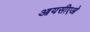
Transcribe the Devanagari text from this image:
आयसीएओ